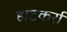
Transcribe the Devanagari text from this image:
हाटकर्रा